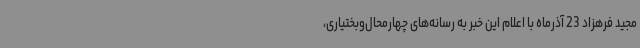
مجید فرهزاد 23 آذرماه با اعلام این خبر به رسانه‌های چهارمحال‌وبختیاری،